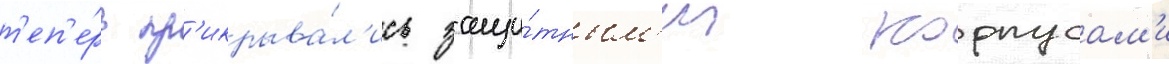
т'еп'е́рь пр'икрыва́л'ись защи́тным'и корпусам'и